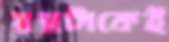
স্বপ্নটাকেই